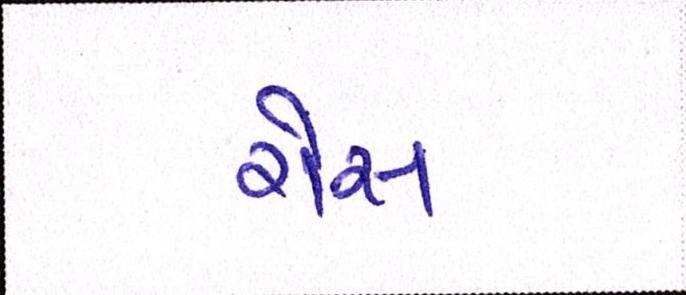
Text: રોસ